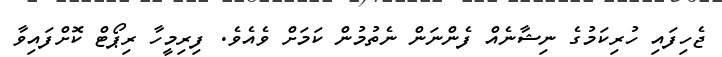
ޖެހިފައި ހުރިކަމުގެ ނިޝާނެއް ފެންނަން ނެތުމުން ކަމަށް ވެއެވެ. ފިރިމީހާ ރިޕޯޓް ކޮށްފައިވާ